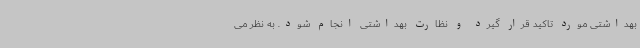
بهداشتی مورد تاکید قرار گیرد و نظارت بهداشتی انجام شود. به نظر می